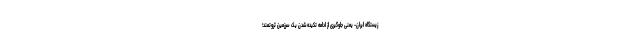
زیستگاه ایران- یعنی جلوگیری از ادامه تکیده‌شدن یک سرزمین ثروتمند؛